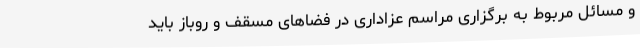
و مسائل مربوط به برگزاری مراسم عزاداری در فضاهای مسقف و روباز باید